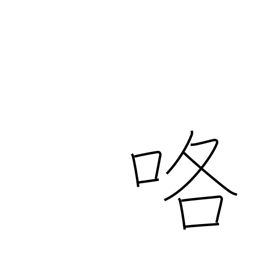
Meaning: quarrel